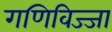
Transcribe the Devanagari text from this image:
गणिविज्जा